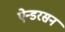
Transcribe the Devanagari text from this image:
ऐन्डरसन